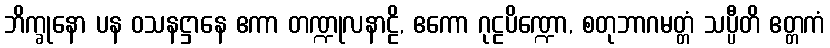
ဘိက္ခုနော ပန ဝသနဋ္ဌာနေ ဧကာ တဏ္ဍုလနာဠိ, ဧကော ဂုဠပိဏ္ဍော, စတုဘာဂမတ္တံ သပ္ပီတိ ဧတ္တကံ